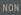
non